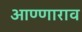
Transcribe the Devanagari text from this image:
आण्णाराव